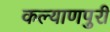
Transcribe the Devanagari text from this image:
कल्याणपुरी